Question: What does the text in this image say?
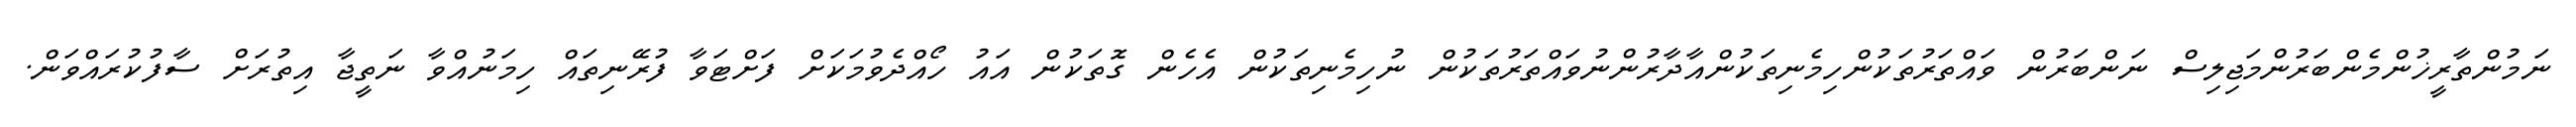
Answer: ނަމުންތާރީޚުންމެންބަރުންމަޖިލިސް ނަންބަރުން ވައްތަރުތަކުންހިމެނިތަކުންއާދާރުންނުވައްތަރުތަކުން ނުހިމެނިތަކުން އެހެން ގޮތަކުން އައު ހޯއްދެވުމަކަށް ފަށްޓަވާ ފުރޭނިތައް ހިމަނުއްވާ ނަތީޖާ އިތުރަށް ސާފުކުރައްވަން.